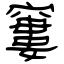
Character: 窶